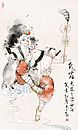
河边独自看星宿，夜织天丝难接续。